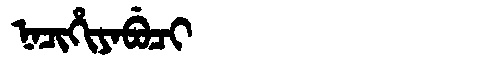
Manchu: ᠨᠠᠴᡳᡥᡳᠶᠠᠪᡠᠴᡳ
Romanization: NACIHIYABUCI